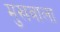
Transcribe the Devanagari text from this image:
मुखवाला